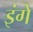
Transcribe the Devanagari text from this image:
इंगे